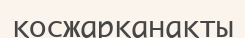
қосжарқанақты